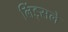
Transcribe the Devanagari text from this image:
लिंड्सले